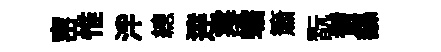
宻惟泮總逹寒蟾簫翫耆繇